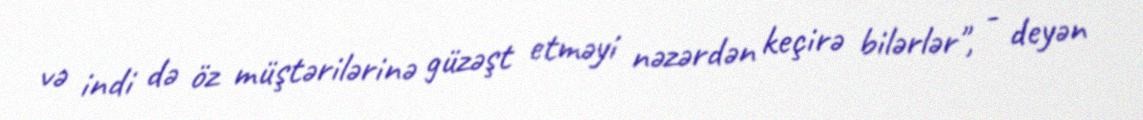
və indi də öz müştərilərinə güzəşt etməyi nəzərdən keçirə bilərlər", - deyən